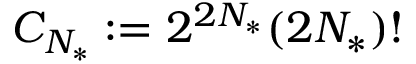
C _ { { N _ { * } } } : = 2 ^ { 2 { N _ { * } } } ( 2 { N _ { * } } ) !